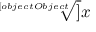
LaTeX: \sqrt [ [object Object] ] { x }